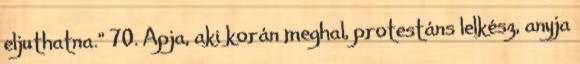
eljuthatna.” 70. Apja, aki korán meghal, protestáns lelkész, anyja